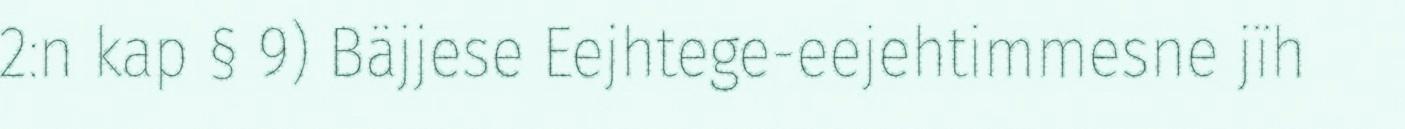
2:n kap § 9) Bäjjese Eejhtege-eejehtimmesne jïh